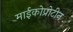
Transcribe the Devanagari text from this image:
माईकोप्रोटीन